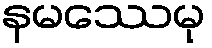
နမဿေမု